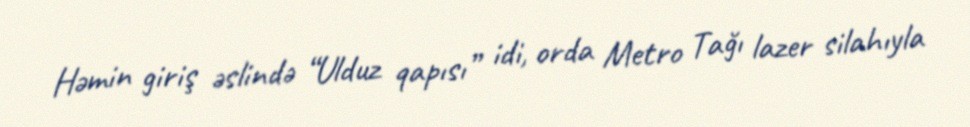
Həmin giriş əslində “Ulduz qapısı” idi, orda Metro Tağı lazer silahıyla